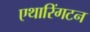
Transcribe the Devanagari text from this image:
एथारिंगटन